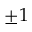
\pm 1